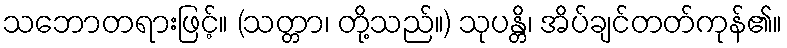
သဘောတရားဖြင့်။ (သတ္တာ၊ တို့သည်။) သုပန္တိ၊ အိပ်ချင်တတ်ကုန်၏။